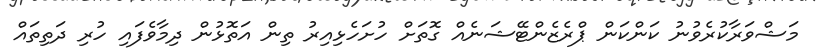
މަޝްވަރާކުރެވުނު ކަންކަން ޕްރެޒެންޓޭޝަނެއް ގޮތަށް ހުށަހެޅިއިރު ތިން އަތޮޅުން ދިމާވެފައި ހުރި ދަތިތައް